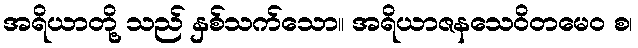
အရိယာတို့ သည် နှစ်သက်သော။ အရိယာဇနသေဝိတမေဝ စ၊